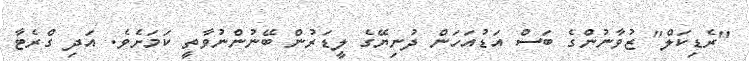
"ރެޑިކަލް" ޒުވާނުންގެ ބަސް އަޑުއަހަން ދުނިޔޭގެ ލީޑަރުން ބޭނުންނުވާތީ ކަމަށެވެ. އަދި ގްރެޓާ